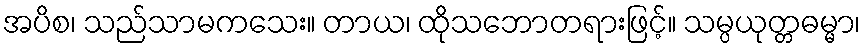
အပိစ၊ သည်သာမကသေး။ တာယ၊ ထိုသဘောတရားဖြင့်။ သမ္ပယုတ္တဓမ္မာ၊